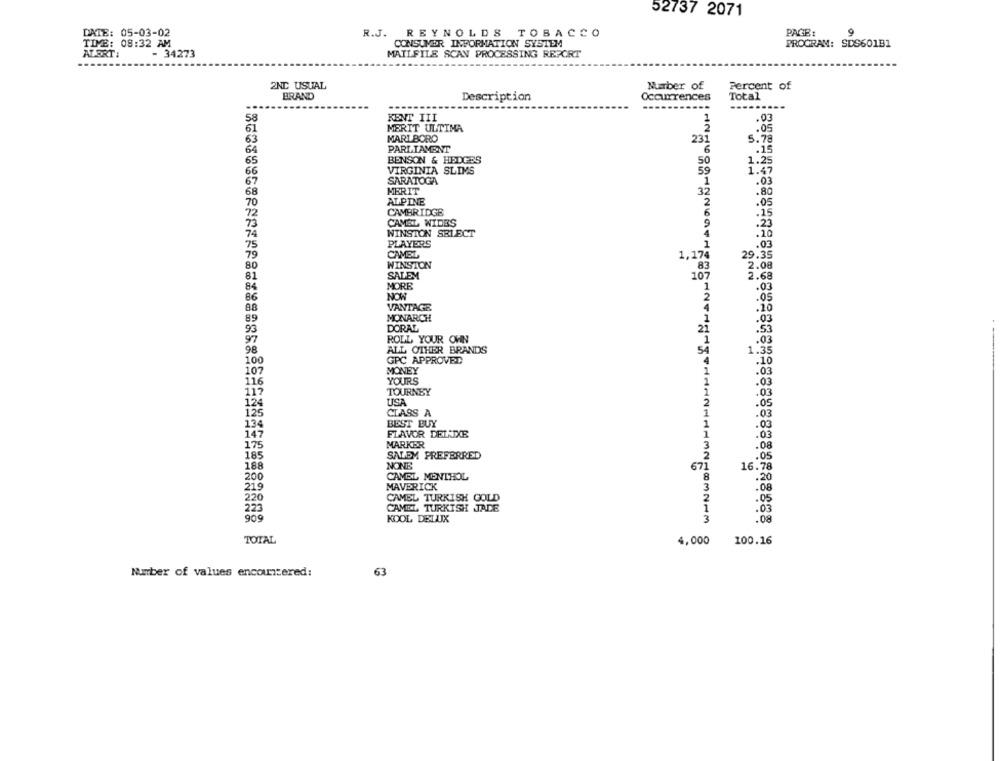
52737 2071
PAGE:
DATE: 05-03-02
R.J. REYNOLDS TOBACCO
TIME: 08:32 AM
CONSUMER INFORMATION SYSTEM
PROGRAM: SDS601B1
ATORT:
- 34273
MAILFILE SCAN PROCESSING REPORT
2ND USUAL
Marber of
Percent of
BRAND
Description
Occurrences
Total
-----------
.....
58
KENT III
1
.03
61
MERIT ULTIMA
.05
63
MARLBORO
231
5.78
64
PARLIAMENT
6
.15
65
BENSON & HEDERS
50
66
VIRGINIA SLIMS
59
1:35
67
SARATOGA
1
.03
MERIT
68
32
.80
70
ALPINE
2
.05
72
CAMBRIDGE
6
.25
73
CAMSZ WIDES
.25
74
WINSTON SELECT
.20
PLAYERS
1
75
.03
79
CAMEL
1,174
29.35
80
WINSTON
2.08
81
SALEM
83
107
.68
84
MORE
.03
86
NOW
.05
88
VANTAGE
.10
89
MONARCH
.03
DORAL
93
.55
97
ROLL YOUR OWN
: 03
98
ALL OTHER BRANDS
1.35
100
GPC APPROVED
.10
107
MONEY
116
YOURS
.03
117
TOURNEY
.03
124
USA
125
CLASS A
.05
.03
134
BEST BUY
.03
147
FLAVOR DELAIXE
:03
175
MARKER
.08
185
SALEM PREFERRED
188
NONE
.05
671
16.78
200
CAMEL MENTHOL
.20
219
MAVERICK
.08
220
CAMEL TURKISH GOLD
.05
225
CAMEL TURKISH JADE
.03
909
.08
KOOL DELUX
TOTAL
100.16
4,000
63
Number of values encountered: